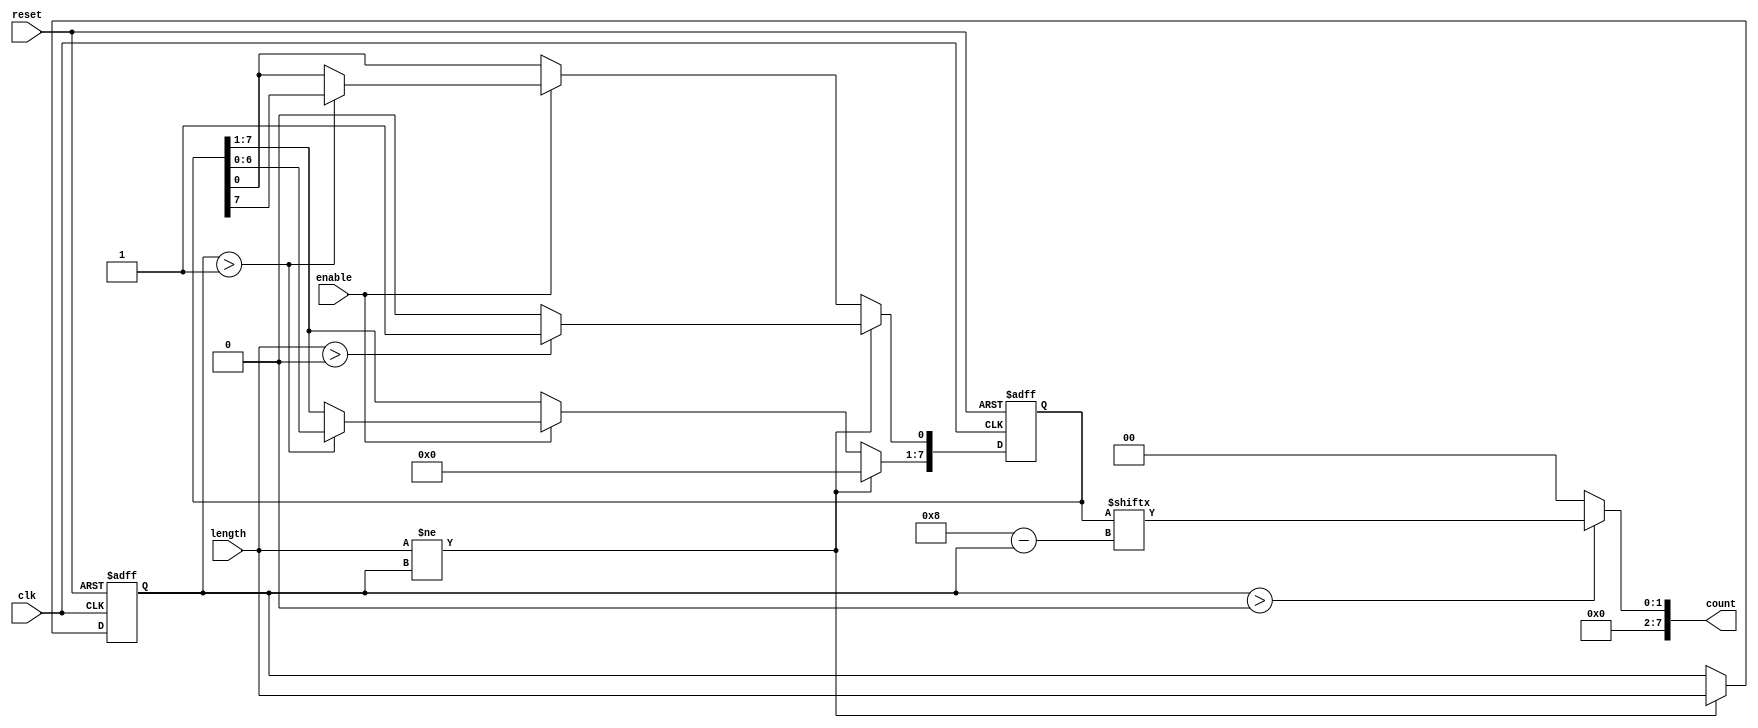
module variable_length_ring_counter #(
    parameter MAX_LENGTH = 8 // Define the maximum length of the counter
)(
    input wire clk,            // Clock signal
    input wire reset,          // Asynchronous reset signal
    input wire [3:0] length,   // Input to specify the number of bits in the ring counter
    input wire enable,         // Control signal to start/stop the counter
    output reg [MAX_LENGTH-1:0] count // Output representing the current state of the counter
);

    reg [MAX_LENGTH-1:0] state;         // Register to hold the current state
    reg [3:0] current_length;            // Register to hold the currently set length

    // Asynchronous reset and length management
    always @(posedge clk or posedge reset) begin
        if (reset) begin
            // Initialize state on reset
            state <= {MAX_LENGTH{1'b0}}; // Clear all bits
            state[0] <= 1'b1;            // Set LSB to '1'
            current_length <= 0;         // Reset current length
        end else if (length != current_length) begin
            // Update current length and reinitialize state
            current_length <= length;
            if (length > 0) begin
                state <= {MAX_LENGTH{1'b0}}; // Clear all bits
                state[0] <= 1'b1;            // Set LSB to '1'
            end else begin
                state <= {MAX_LENGTH{1'b0}}; // Clear all bits if length is 0
            end
        end else if (enable) begin
            // State transition logic
            if (current_length > 1) begin
                // Shift left and wrap around MSB
                state <= {state[MAX_LENGTH-2:0], state[MAX_LENGTH-1]};
            end
            // If current_length is 1, state remains unchanged
        end
    end

    // Output logic
    always @(*) begin
        // Limit the output count to the current length
        count = (current_length > 0) ? state[MAX_LENGTH-1:MAX_LENGTH-current_length] : {MAX_LENGTH{1'b0}};
    end

endmodule